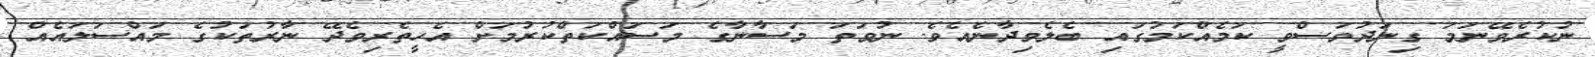
ނުކުރެވޭނަމަ ގިނަދުވަސްވީ ކަމެއްކަމުގައި ބެލެވިދާނެއެވެ. ނުވަތަ މަސާނާގެ މަސައްކަތްކުރުމަށް އެހީތެރިވެދޭ ނާރުތަކުގެ މައްސަލައެއް